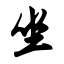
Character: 坐